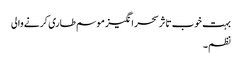
بہت خوب تاثر سحر انگیز موسم طاری کرنے والی
نظم۔